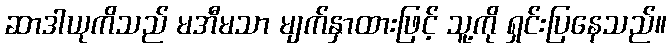
ဆာဒါယုကိသည် မအီမသာ မျက်နှာထားဖြင့် သူ့ကို ရှင်းပြနေသည်။